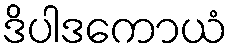
ဒိပါဒကောယံ